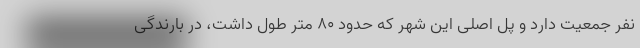
نفر جمعیت دارد و پل اصلی این شهر که حدود ۸۰ متر طول داشت، در بارندگی